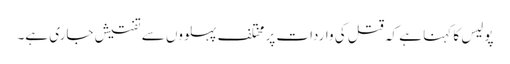
پولیس کا کہنا ہے کہ قتل کی واردات پر مختلف پہلووں سے تفتیش جاری ہے۔